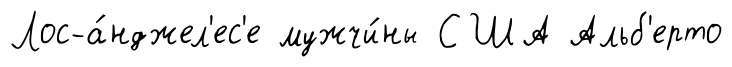
Лос-а́нджел'ес'е мужчи́ны США Альб'ерто